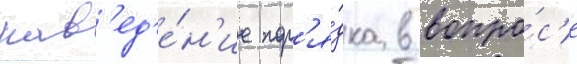
нав'ед'е́н'ие пор'я́дка в вопро́с'е